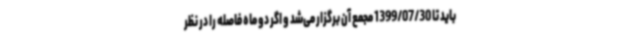
باید تا 1399/07/30 مجمع آن برگزار می‌شد و اگر دو ماه فاصله را در نظر